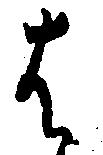
は